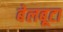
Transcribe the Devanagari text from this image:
बेलबूटा